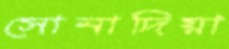
সোনাদিয়া